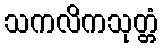
သကလိကသုတ္တံ